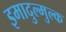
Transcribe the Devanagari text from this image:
इमादुल्मुल्क